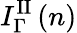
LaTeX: I_{\Gamma}^{\mathrm{II}}\left(n\right)